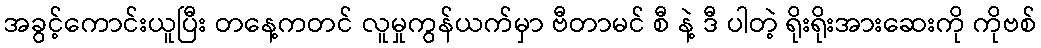
အခွင့်ကောင်းယူပြီး တနေ့ကတင် လူမှုကွန်ယက်မှာ ဗီတာမင် စီ နဲ့ ဒီ ပါတဲ့ ရိုးရိုးအားဆေးကို ကိုဗစ်